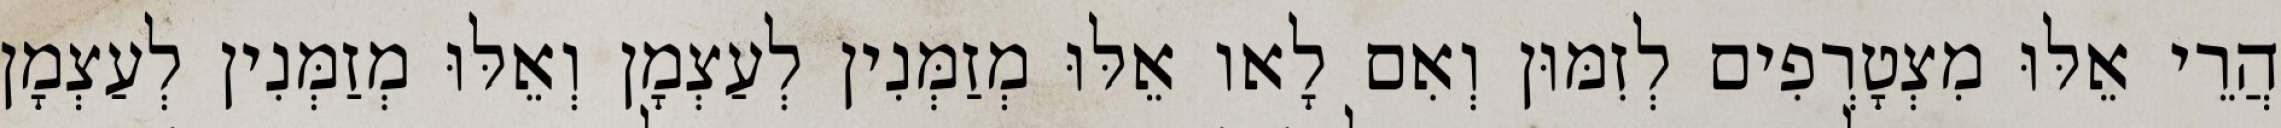
הֲרֵי אֵלּוּ מִצְטָרְפִים לְזִמּוּן וְאִם לָאו אֵלּוּ מְזַמְּנִין לְעַצְמָן וְאֵלּוּ מְזַמְּנִין לְעַצְמָן